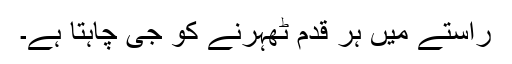
راستے میں ہر قدم ٹھہرنے کو جی چاہتا ہے۔